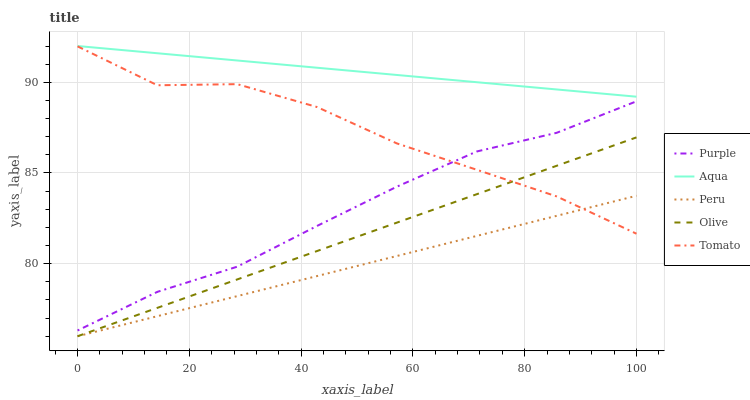
| xaxis_label | Purple | Aqua | Peru | Olive | Tomato |
 | --- | --- | --- | --- | --- | --- |
 | 0 | 76.3 | 92 | 76 | 76 | 92 |
 | 14.3 | 78.4 | 91.6 | 77.1 | 77.6 | 89.8 |
 | 28.6 | 79.8 | 91.2 | 78.2 | 79.1 | 89.9 |
 | 42.9 | 82.1 | 90.8 | 79.3 | 80.7 | 88.6 |
 | 57.1 | 84.2 | 90.4 | 80.4 | 82.3 | 86.6 |
 | 71.4 | 86.2 | 90 | 81.5 | 83.8 | 85.2 |
 | 85.7 | 87.2 | 89.6 | 82.6 | 85.4 | 83.7 |
 | 100 | 89 | 89.2 | 83.7 | 87 | 81.7 |